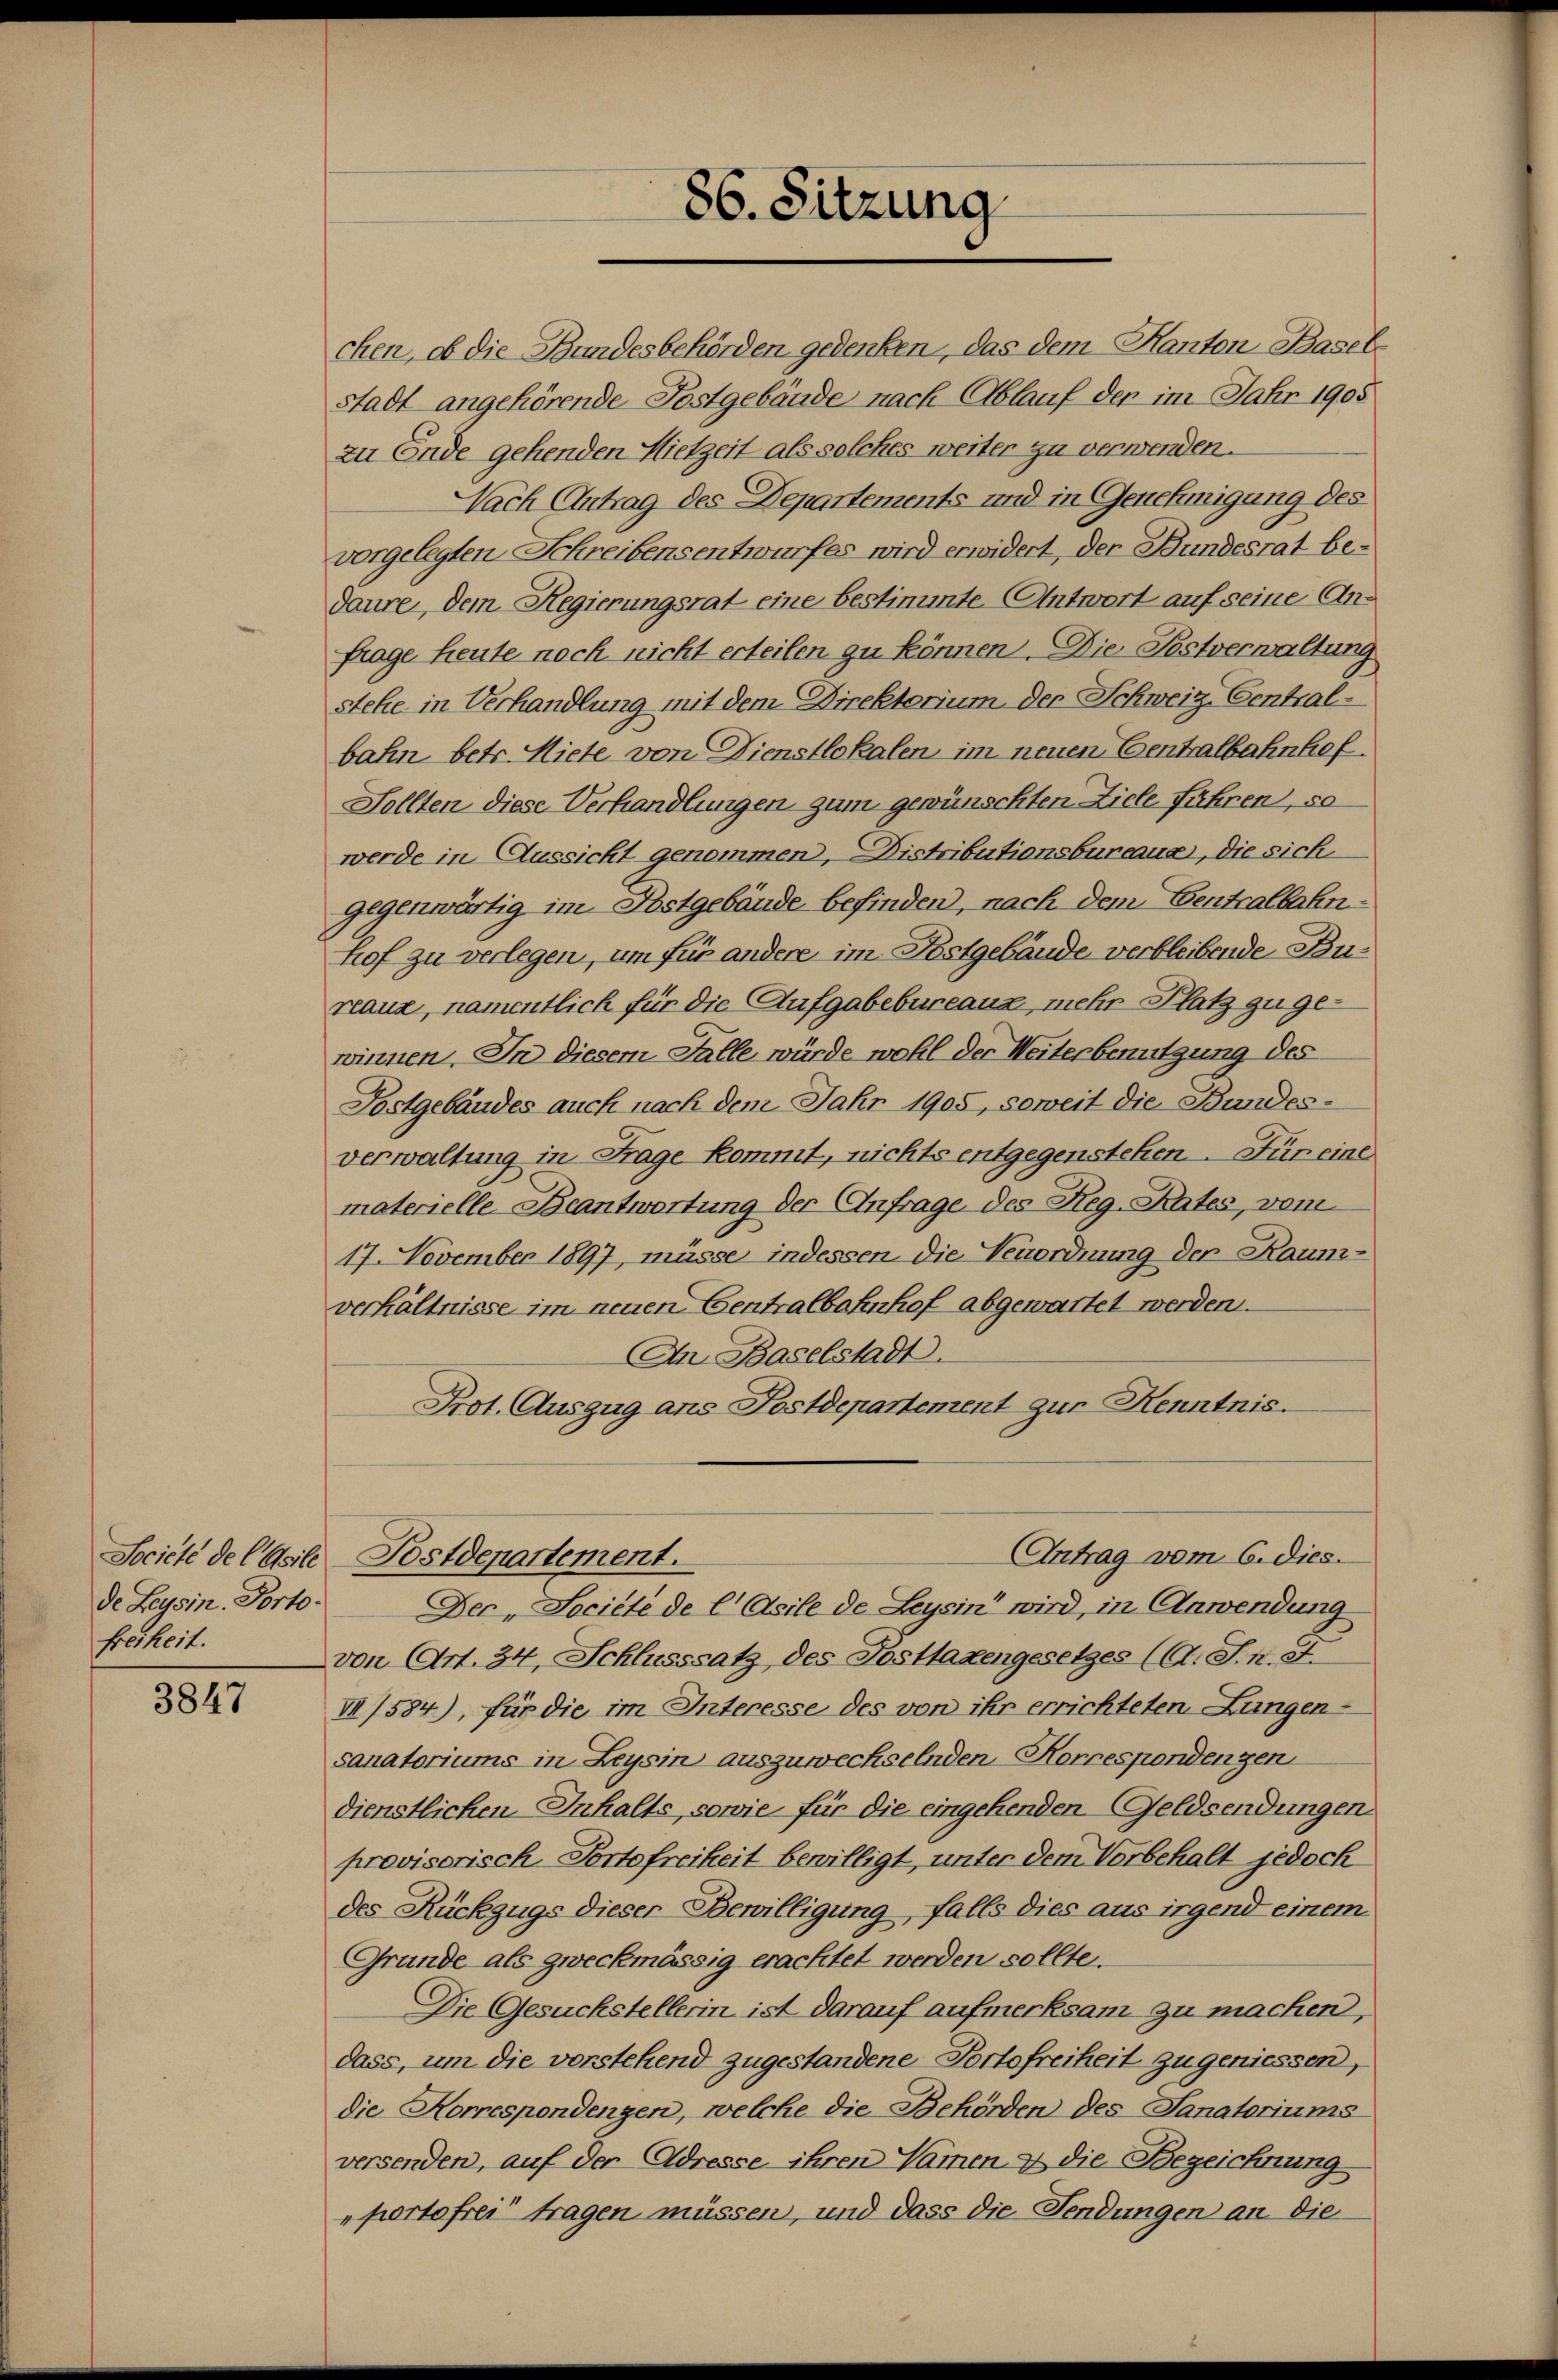
de Leysin. Porto-
freiheit.

3847

chen, ob die Bundesbehörden gedenken, das dem Kanton Baselstadt angehörende Postgebäude nach Ablauf den im Jahr 1905
zu Ende gehenden Mietzeit als solches weiter zu verwenden.
Nach Antrag des Departements und in Genehmigung des
vorgelegten Schreibensentwurfes wird erwidert, der Bundesrat bedaure, dem Regierungsrat eine bestimmte Antwort auf seine Anfrage heute nach nicht erteilen zu können. Die Postverwaltung
stehe in Verhandlung mit dem Direktorium der Schweiz. Central-
bahn betr. Miete von Dienstlokalen im neuen Centralbahnhof.
Sollten diese Verhandlungen zum gewünschten Ziele führen, so
werde in Aussicht genommen, Distributionsbureaus, die sich
gegenwärtig im Postgebäude befinden, nach dem Centralbahnhof zu verlegen, um für andere im Postgebäude verbleibende Bureaux, namentlich für die Aufgabebureaux, mehr Platz zu gewinnen. In diesem Falle würde wohl der Weiterbenutzung des
Tostgebäudes auch nach dem Jahr 1905, soweit die Bandesverwaltung in Frage kommt, nichts entgegenstehen. Für eine
materielle Beantwortung der Anfrage des Reg.Rates, vom
17. November 1897, müsse indessen die Verordnung der Raum-
verhältnisse im neuen Centralbahnhof abgewartet werden.
An Baselstadt.
Prot. Auszug ans Postdepartement zur Kenntnis.
Antrag vom 6. dies
Société de CGsile Postdepartement.
Dec „ Société de l Asile de Leysin“ wird, in Anwendung
von Art. 34, Schlusssatz des Posttaxengesetzes (A.S.n. St.
VI/584), für die im Interesse des von ihr errichteten Lungen-
sanatoriums in Leysin auszuwechselnden Korrespondenzen
dienstlichen Inhalts, sowie für die eingehenden Geldsendungen
provisorisch-Portofreiheit bewilligt, unter dem Vorbehalt jedoch
des Rückzugs dieser Bewilligung, falls dies aus irgend einem
Gründe als zweckmässig erachtet werden sollte.
Die Gesuckstellerin ist darauf aufmerksam zu machen,
dass, um die vorstehend zugestandene Portofreiheit zu geniessen,
die Korrespondenzen, welche die Behörden des Sanatoriums
versenden, auf der Adresse ihren Namen & die Bezeichnung
portofrei tragen müssen, und dass die Fendungen an die

86. Sitzung